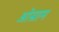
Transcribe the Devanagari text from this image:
ओस्राम